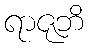
ရာဇုဘိ